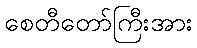
စေတီတော်ကြီးအား